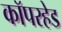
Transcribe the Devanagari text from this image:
कॉपरहेड